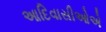
આદિવાસીઓએ